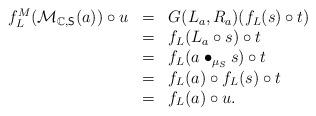
LaTeX: \begin{align*}\begin{array}{lll}f_L^M(\mathcal{M}_{\mathbb{C},\mathsf{S}}(a))\circ u&=&G(L_a,R_a)(f_L(s)\circ t)\\&=&f_L(L_a\circ s)\circ t\\&=&f_L(a\bullet_{\mu_S} s)\circ t\\&=&f_L(a)\circ f_L(s)\circ t\\&=&f_L(a)\circ u.\end{array} \end{align*}